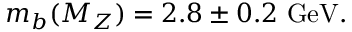
m _ { b } ( M _ { Z } ) = 2 . 8 \pm 0 . 2 \ \mathrm { G e V } .